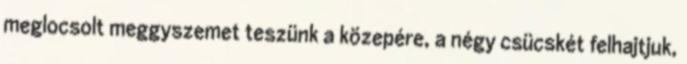
meglocsolt meggyszemet teszünk a közepére, a négy csücskét felhajtjuk,